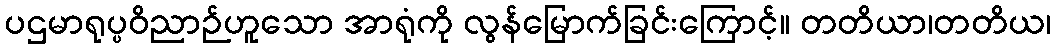
ပဌမာရုပ္ပဝိညာဉ်ဟူသော အာရုံကို လွန်မြောက်ခြင်းကြောင့်။ တတိယာ၊တတိယ၊